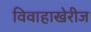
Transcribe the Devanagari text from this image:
विवाहाखेरीज